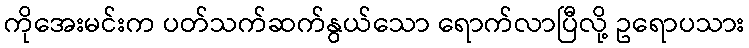
ကိုအေးမင်းက ပတ်သက်ဆက်နွယ်သော ရောက်လာပြီလို့ ဥရောပသား